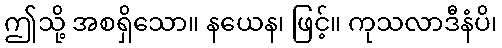
ဤသို့ အစရှိသော။ နယေန၊ ဖြင့်။ ကုသလာဒီနံပိ၊